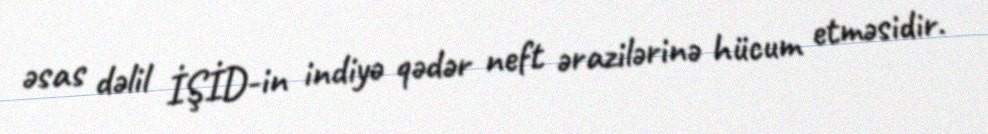
əsas dəlil İŞİD-in indiyə qədər neft ərazilərinə hücum etməsidir.